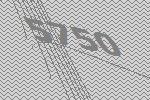
5750